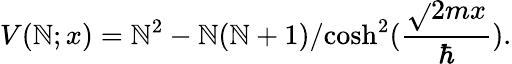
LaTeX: V(\mathbb{N};x)=\mathbb{N}^{2}-{\mathbb{N}(\mathbb{N}+1)}/{\cosh^{2}({\frac{{\sqrt{}{{2m}}x}}{{\hbar}}})}.